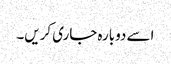
اسے دوبارہ جاری کریں۔